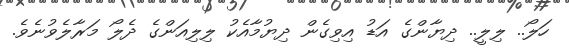
ހަލޯ.. ލިލީ.. ދިޔާންގެ އަޑު އިވިގެން ދިޔުމާއެކު ލިލިއަންގެ ދެލޯ މަރާލެވުނެވެ.